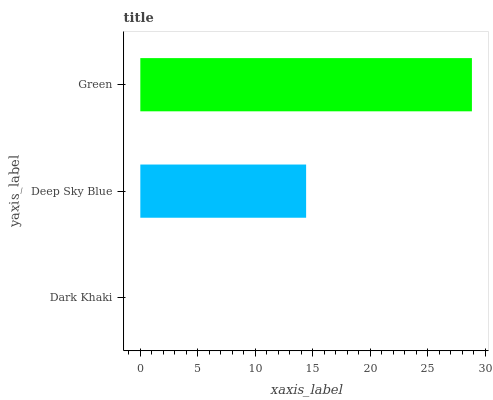
| yaxis_label | bars |
 | --- | --- |
 | Dark Khaki | 0 |
 | Deep Sky Blue | 14.4 |
 | Green | 28.8 |